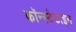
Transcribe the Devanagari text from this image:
कॉन्स्टेटाइन